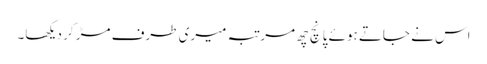
اس نے جاتے ہوئے پانچ چھ مرتبہ میری طرف مڑ کر دیکھا۔